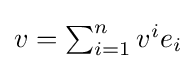
{\textstyle v=\sum _{i=1}^{n}v^{i}e_{i}}